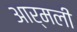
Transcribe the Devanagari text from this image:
आर्मली